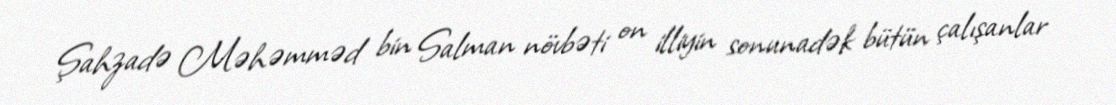
Şahzadə Məhəmməd bin Salman növbəti on illiyin sonunadək bütün çalışanlar